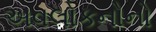
અવલોકનોનો